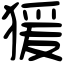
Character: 猨